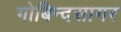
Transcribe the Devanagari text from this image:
गोबिन्‍दसागर